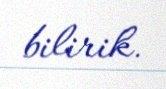
bilirik.